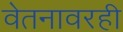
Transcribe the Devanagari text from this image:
वेतनावरही